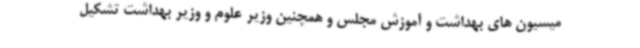
میسیون های بهداشت و آموزش مجلس و همچنین وزیر علوم و وزیر بهداشت تشکیل